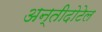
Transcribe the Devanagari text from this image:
अन्तीदोटेल